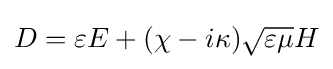
D=\varepsilon E+(\chi -i\kappa ){\sqrt {\varepsilon \mu }}H